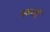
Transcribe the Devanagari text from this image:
भरूनही